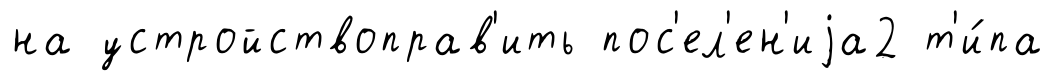
на устройствоправ'ить пос'ел'ен'иjа2 т'и́па